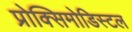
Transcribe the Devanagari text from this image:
प्रोक्सिमोडिस्टल